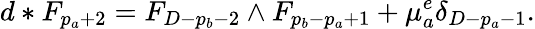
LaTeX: d*F_{p_{a}+2}=F_{D-p_{b}-2}\wedge F_{p_{b}-p_{a}+1}+\mu_{a}^{e}\delta_{D-p_{a}-1}.